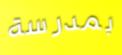
بمدرسة